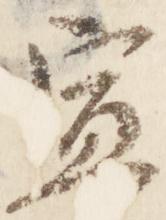
宣